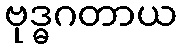
ဗုဒ္ဓဂတာယ